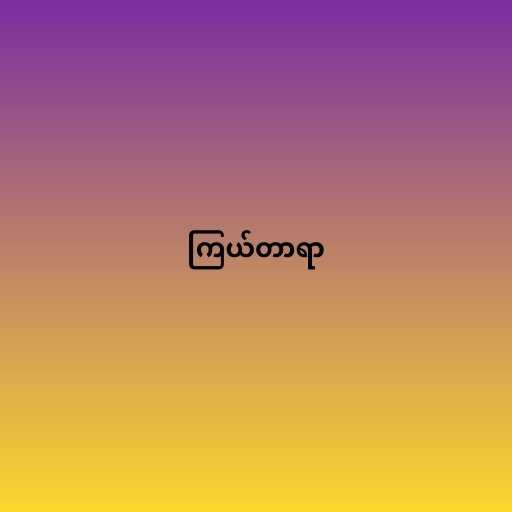
ကြယ်တာရာ